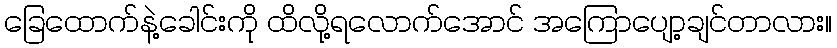
ခြေထောက်နဲ့ခေါင်းကို ထိလို့ရလောက်အောင် အကြောပျော့ချင်တာလား။